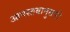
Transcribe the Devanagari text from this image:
आपस्तबानुसारी